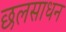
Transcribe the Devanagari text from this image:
छलसाधन